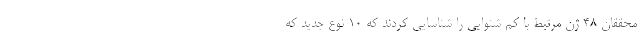
محققان ۴۸ ژن مرتبط با کم شنوایی را شناسایی کردند که ۱۰ نوع جدید که